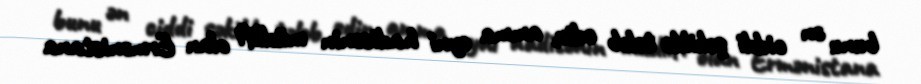
bunu ən ciddi şəkildə tələb edir, amma eyni hadisənin müəllifi olan Ermənistana